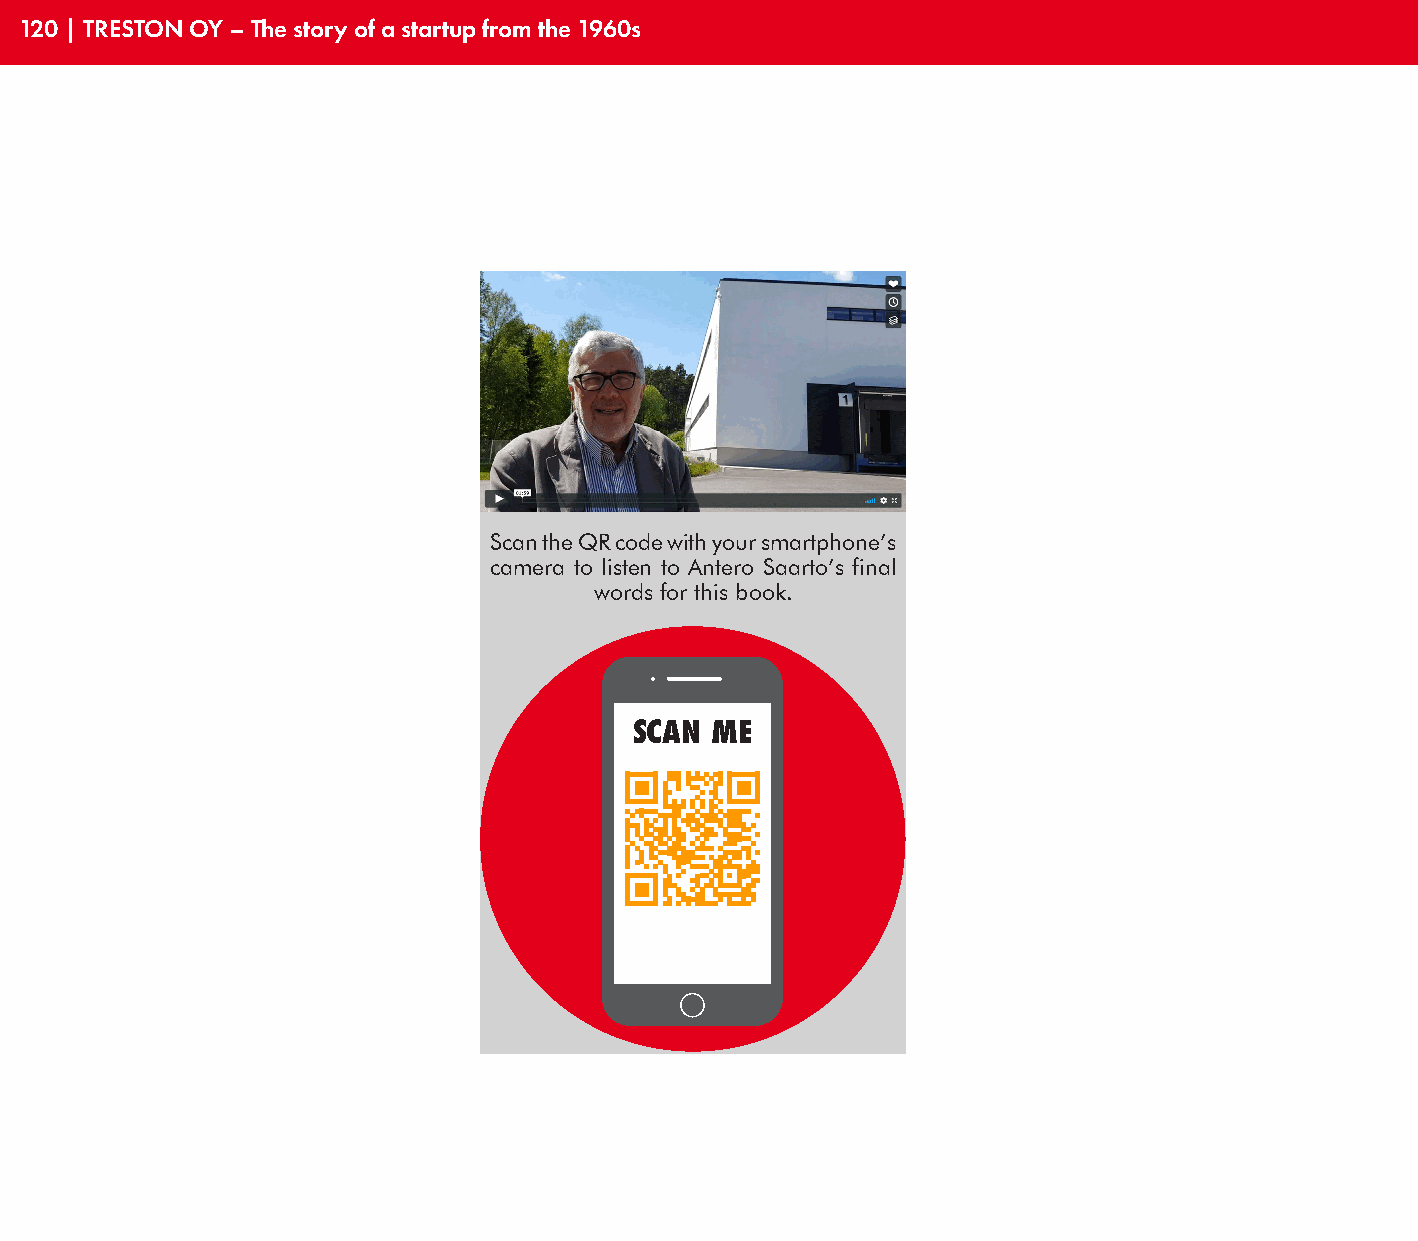
120 | TRESTON OY – The story of a startup from the 1960s
 Scan the QR code with your smartphone’s
 camera to listen to Antero Saarto’s final
 words for this book.
 SCAN ME